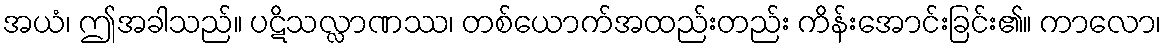
အယံ၊ ဤအခါသည်။ ပဋိသလ္လာဏဿ၊ တစ်ယောက်အထည်းတည်း ကိန်းအောင်းခြင်း၏။ ကာလော၊